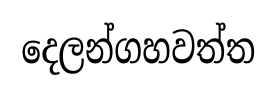
දෙලන්ගහවත්ත